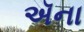
ઍના